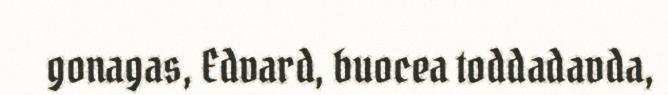
gonagas, Edvard, buocea toddadavda,